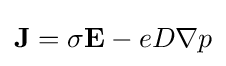
{\bf {J}}=\sigma {\bf {E}}-eD\nabla p